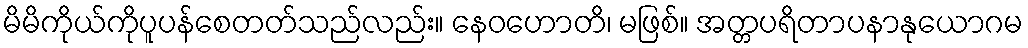
မိမိကိုယ်ကိုပူပန်စေတတ်သည်လည်း။ နေဝဟောတိ၊ မဖြစ်။ အတ္တပရိတာပနာနုယောဂမ